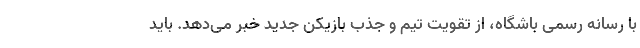
با رسانه رسمی باشگاه، از تقویت تیم و جذب بازیکن جدید خبر می‌دهد. باید